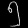
Digit: ၅